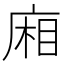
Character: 廂